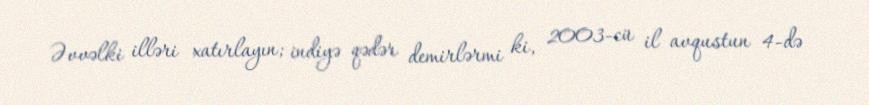
Əvvəlki illəri xatırlayın; indiyə qədər demirlərmi ki, 2003-cü il avqustun 4-də